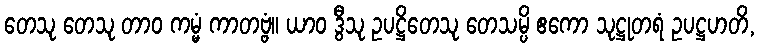
တေသု တေသု တာဝ ကမ္မံ ကာတဗ္ဗံ။ ယာဝ ဒွီသု ဥပဋ္ဌိတေသု တေသမ္ပိ ဧကော သုဋ္ဌုတရံ ဥပဋ္ဌဟတိ,